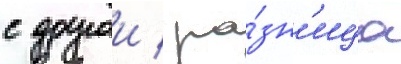
с другои / ра́зн'ица